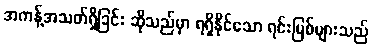
အကန့်အသတ်ရှိခြင်း ဆိုသည်မှာ ရရှိနိုင်သော ရင်းမြစ်များသည်